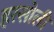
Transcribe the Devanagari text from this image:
हरसोली